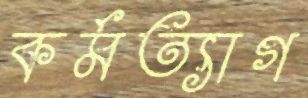
কর্মত্যাগ